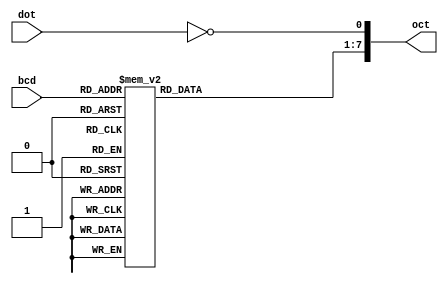
`default_nettype none
module Output_num_decoder(
   input [3:0] bcd,
   input dot,
   output reg [0:7] oct
   );

   always @(*)
      begin
         oct[7] <= ~dot;
         case (bcd)
            4'h0: oct[0:6] <= 7'b0000001;
            4'h1: oct[0:6] <= 7'b1001111;
            4'h2: oct[0:6] <= 7'b0010010;
            4'h3: oct[0:6] <= 7'b0000110;
            4'h4: oct[0:6] <= 7'b1001100;
            4'h5: oct[0:6] <= 7'b0100100;
            4'h6: oct[0:6] <= 7'b0100000;
            4'h7: oct[0:6] <= 7'b0001111;
            4'h8: oct[0:6] <= 7'b0000000;
            4'h9: oct[0:6] <= 7'b0000100;
            4'ha: oct[0:6] <= 7'b0001000;
            4'hb: oct[0:6] <= 7'b1100000;
            4'hc: oct[0:6] <= 7'b0110001;
            4'hd: oct[0:6] <= 7'b1000010;
            4'he: oct[0:6] <= 7'b0110000;
            4'hf: oct[0:6] <= 7'b0111000;
         endcase
      end

endmodule